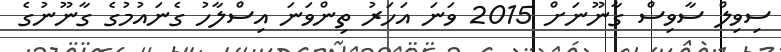
ސިވިލް ސާވިސް ގާނޫނަށް 2015 ވަނަ އަހަރު ތިންވަނަ އިސްލާހު ގެނައުމުގެ ގާނޫނުގެ